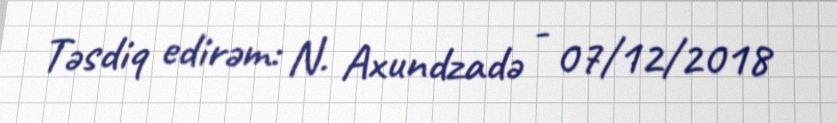
Təsdiq edirəm: N. Axundzadə - 07/12/2018